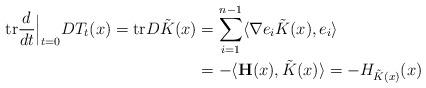
LaTeX: \begin{align*}\mbox{tr} \frac{d}{dt}\Big|_{t=0} DT_t(x) = \mbox{tr} D \tilde K(x)&= \sum_{i=1}^{n-1} \langle \nabla e_i \tilde K (x), e_i\rangle\\&= - \langle {\bf H}(x), \tilde K(x)\rangle=-H_{\tilde K(x)}(x)\end{align*}